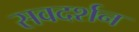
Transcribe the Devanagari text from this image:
सवदर्शन